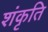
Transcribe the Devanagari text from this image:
शंकृति